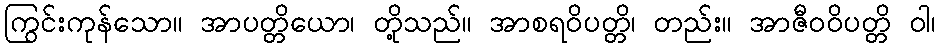
ကြွင်းကုန်သော။ အာပတ္တိယော၊ တို့သည်။ အာစရဝိပတ္တိ၊ တည်း။ အာဇီဝဝိပတ္တိ ဝါ၊